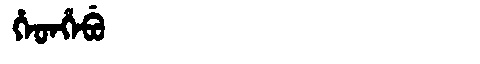
Manchu: ᡥᡝᡨᡥᡝᠪᡠ
Romanization: HETHEBU